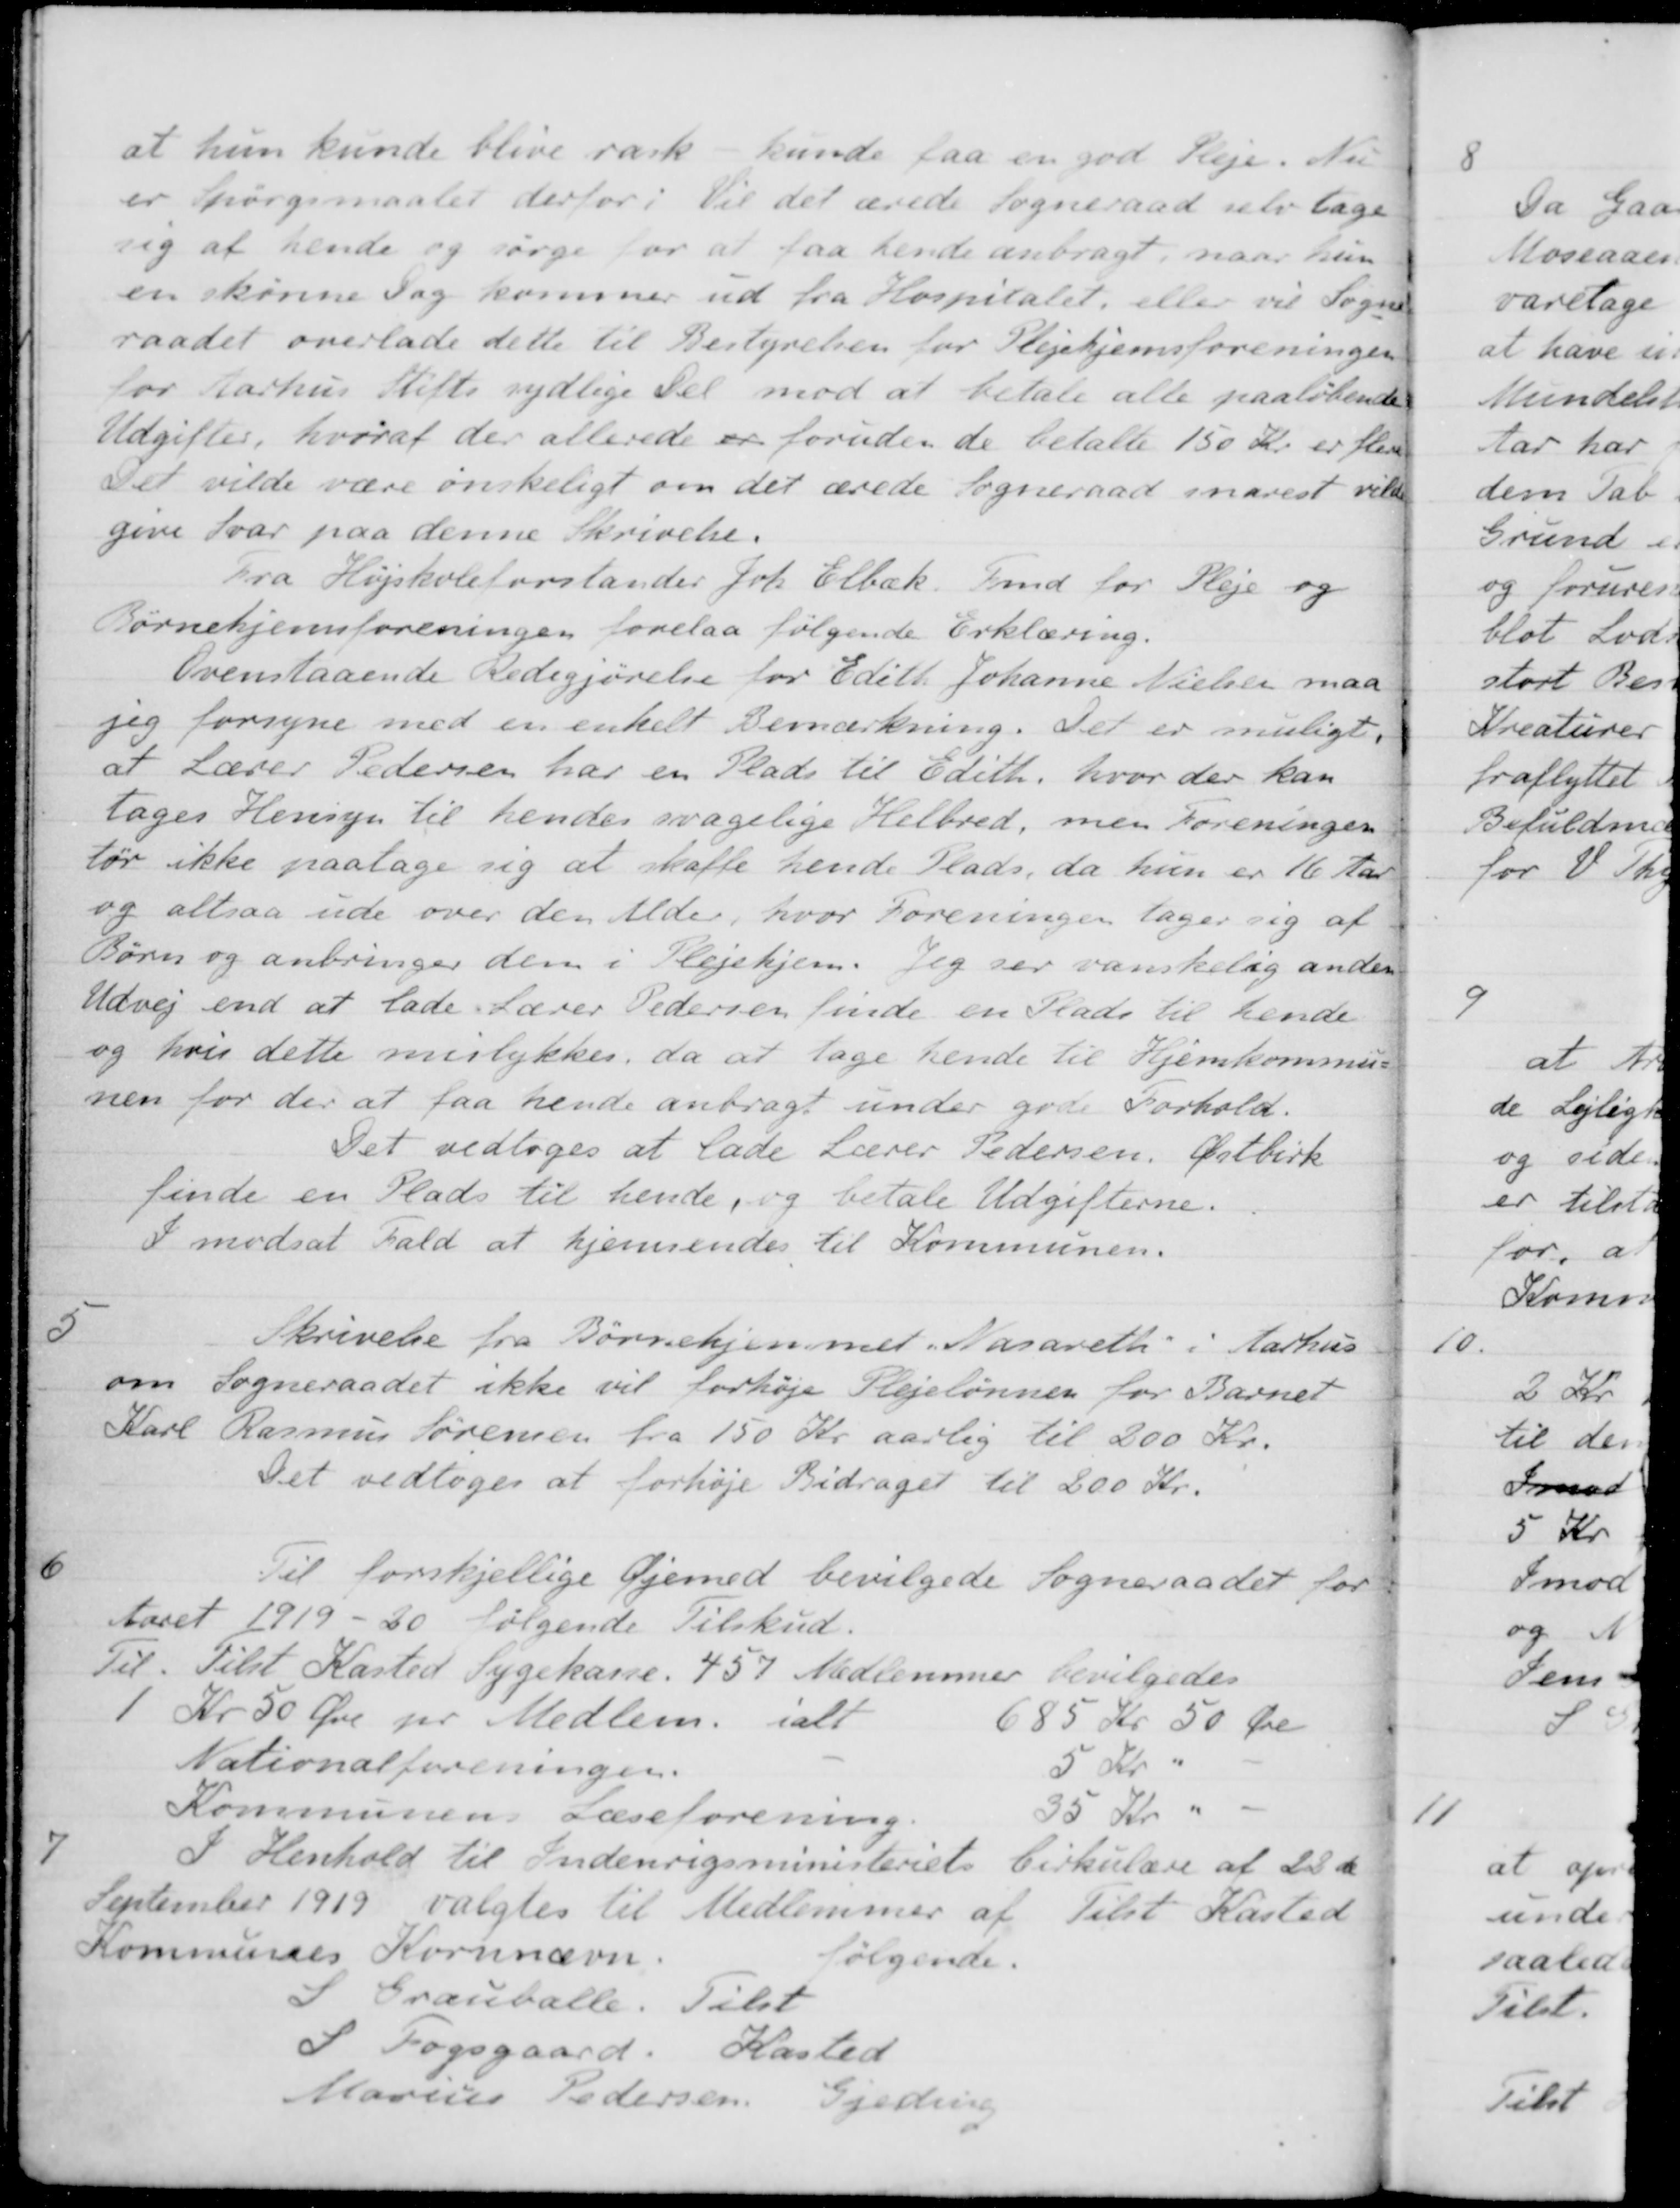
Transskription:
at hun kunde blive rask - kunde faa en god Pleje. Nu
er Spørgsmaalet derfor; Vil det ærede Sogneraad selv tage
sig at hende og sørge for at faa hende anbragt, naar hun
en skønne Dag kommer ud fra Hospitalet, eller vil Sogne-
raadet overlade dette til Bestyrelsen for Plejehjemsforeningen
for Aarhus Stifts sydlige Del mod at betale alle paaløbende
Udgifter, hvoraf der allerede er foruden de betalte 150 Kr. er flere
Det vilde være ønskeligt om det ærede Sogneraad snarest vil
give Svar paa denne Skrivelse.
Fra Højskoleforstander Joh. Elbæk. Fmd for Pleje og
Børnehjemsforeningen forelaa følgende Erklæring.
Ovenstaaende Redegjørelse for Edith Johanne Nielsen maa
jeg forsyne med en enkelt Bemærkning. Det er muligt,
at Lærer Pedersen har en Plads til Edith, hvor der kan
tages Hensyn til hendes svagelige Helbred, men Foreningen
tør ikke paatage sig at skaffe hende Plads, da hun er 16 Aar
og altsaa ude over den Alder, hvor Foreningen tager sig af
Børn og anbringer dem i Plejehjem. Jeg ser vanskelig anden
Udvej end at lade Lærer Pedersen finde en Plads til hende
og hvis dette mislykkes, da at tage hende til Hjemkommu-
nen for der at faa hende anbragt under gode Forhold.
Det vedtoges at lade Lærer Pedersen, Østbirk
finde en Plads til hende, og betale Udgifterne.
I modsat Fald at hjemsendes til Kommunen.
5
Skrivelse fra Børnehjemmet "Nasareth" i Aarhus
om Sogneraadet ikke vil forhøje Plejelønnen for Barnet
Karl Rasmus Sørensen fra 150 Kr aarlig til 200 Kr.
Det vedtoges at forhøje Bidraget til 200 Kr.
6
Til forskjellige Øjemed bevilgede Sogneraadet for
Aaret 1919 - 20 følgende Tilskud.
Til. Tilst Kasted Sygekasse. 457 Medlemmer bevilgedes
1Kr 50 Øre pr Medlem. ialt
685 Kr 50 Øre
Nationalforeningen.
5 Kr "
Kommunens Læseforening
35 Kr "
7
I Henhold til Indenrigsministeriets Cirkulære af 22de
September 1919 valgtes til Medlemmer af Tilst Kasted
Kommunes Kornnævn
følgende.
S Grauballe. Tilst
S Fogsgaard. Kasted
Marius Pedersen, Gjeding